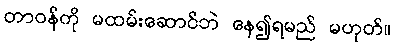
တာဝန်ကို မထမ်းဆောင်ဘဲ နေ၍ရမည် မဟုတ်။